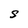
Character: S